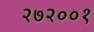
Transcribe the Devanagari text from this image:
२७२००१